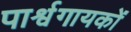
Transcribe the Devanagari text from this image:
पार्श्वगायकों